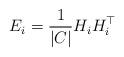
LaTeX: \begin{align*}E_i=\frac{1}{|C|} H_iH_i^\top\end{align*}